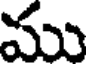
ము